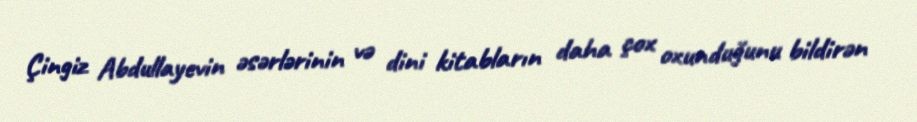
Çingiz Abdullayevin əsərlərinin və dini kitabların daha çox oxunduğunu bildirən